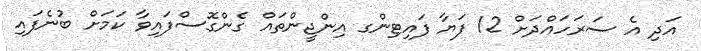
އަދި އެ ސަރަހައްދަށް 12 ފަޔާ ފައިޓިންގ އިންޖީންތައް ގެންގޮސްފައިވާ ކަަމަށް ބުނެފައި